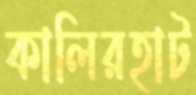
কালিরহাট